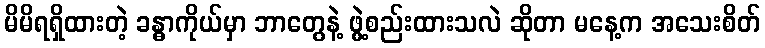
မိမိရရှိထားတဲ့ ခန္ဓာကိုယ်မှာ ဘာတွေနဲ့ ဖွဲ့စည်းထားသလဲ ဆိုတာ မနေ့က အသေးစိတ်